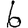
Digit: 6